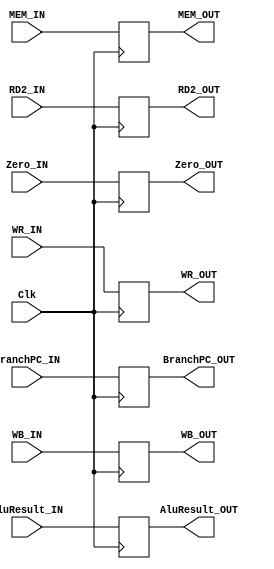

`timescale 1ns/1ns

module EXMEM(Clk, WB_IN, MEM_IN, BranchPC_IN, Zero_IN, AluResult_IN, RD2_IN, WR_IN, WB_OUT, MEM_OUT, BranchPC_OUT, Zero_OUT, AluResult_OUT, RD2_OUT, WR_OUT);

input Clk;
input [1:0] WB_IN;
input [2:0] MEM_IN;

input [31:0] BranchPC_IN, AluResult_IN, RD2_IN;

input Zero_IN;
input [4:0] WR_IN;

output reg [1:0] WB_OUT;
output reg [2:0] MEM_OUT;

output reg [31:0] BranchPC_OUT, AluResult_OUT, RD2_OUT;

output reg [0:0] Zero_OUT;
output reg [4:0] WR_OUT;

always @(posedge Clk) begin
    WB_OUT <= WB_IN;
    MEM_OUT <= MEM_IN;
    BranchPC_OUT <= BranchPC_IN;
    AluResult_OUT <= AluResult_IN;
    RD2_OUT <= RD2_IN;
    Zero_OUT <= Zero_IN;
    WR_OUT <= WR_IN;
end

endmodule